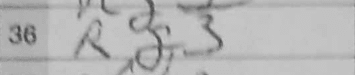
Transcription: Rf3